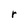
Character: r